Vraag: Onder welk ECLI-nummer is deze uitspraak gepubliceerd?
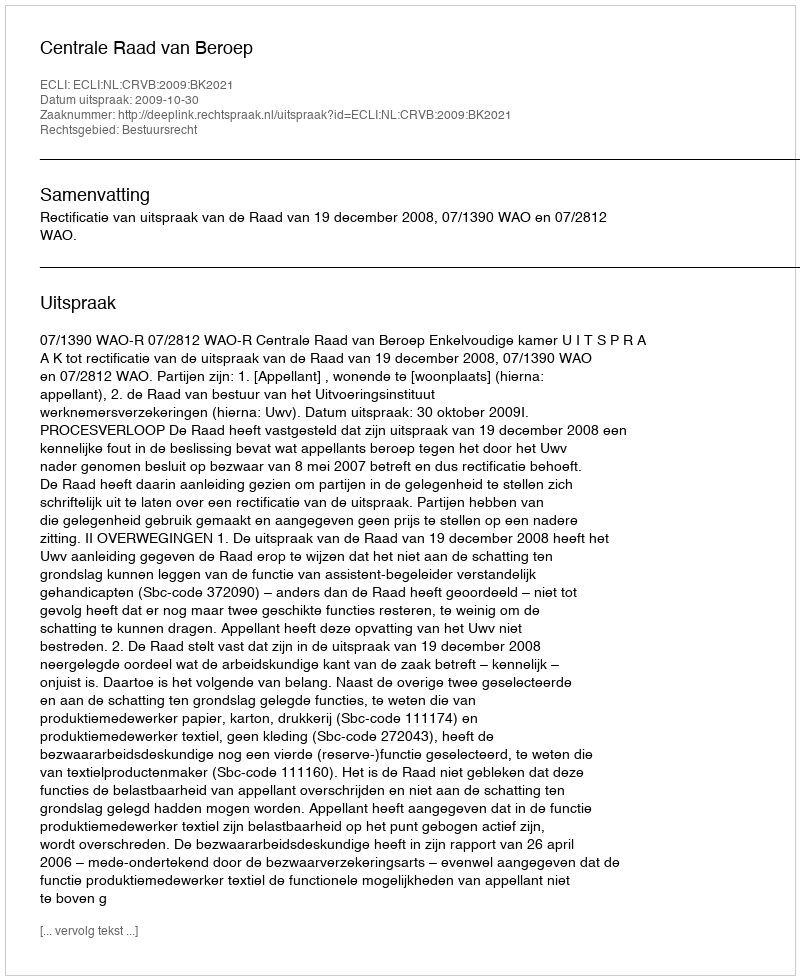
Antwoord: ECLI:NL:CRVB:2009:BK2021